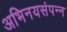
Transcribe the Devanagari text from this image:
अभिनयसंपन्‍न